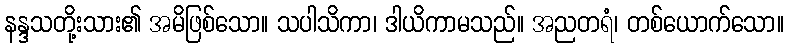
နန္ဒသတို့းသား၏ အမိဖြစ်သော။ သပါသိကာ၊ ဒါယိကာမသည်။ အညတရံ၊ တစ်ယောက်သော။